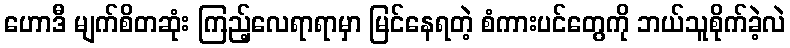
ဟောဒီ မျက်စိတဆုံး ကြည့်လေရာရာမှာ မြင်နေရတဲ့ စံကားပင်တွေကို ဘယ်သူစိုက်ခဲ့လဲ